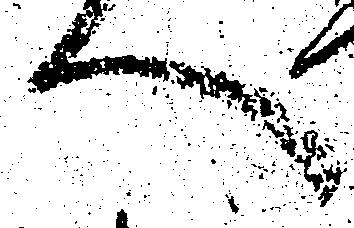
へ